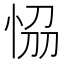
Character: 𭜴